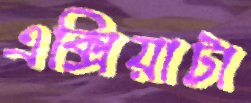
এক্সিয়াটা